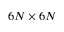
6 N \times 6 N